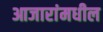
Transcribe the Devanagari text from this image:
आजारांमधील